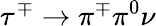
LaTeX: \tau^{\mp}\to\pi^{\mp}\pi^{0}\nu